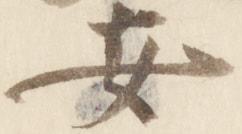
安